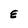
Character: E